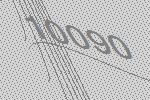
10090